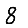
Digit: 8